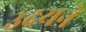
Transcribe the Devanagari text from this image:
उदयने